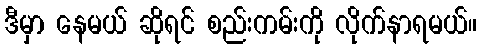
ဒီမှာ နေမယ် ဆိုရင် စည်းကမ်းကို လိုက်နာရမယ်။